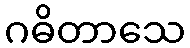
ဂဓိတာသေ